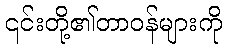
၎င်းတို့၏တာဝန်များကို